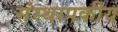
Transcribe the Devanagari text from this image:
संस्थापकीय